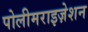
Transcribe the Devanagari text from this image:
पोलीमराइज़ेशन